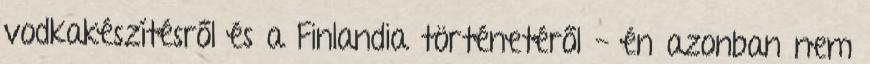
vodkakészítésről és a Finlandia történetéről - én azonban nem